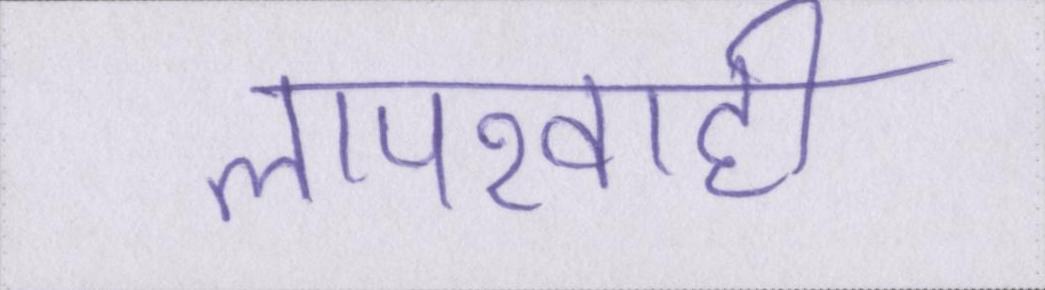
लापरवाही